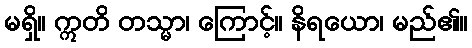
မရှိ။ ဣတိ တသ္မာ၊ ကြောင့်။ နိရယော၊ မည်၏။